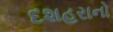
દશહરાનો